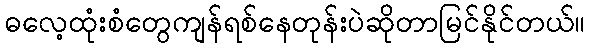
ဓလေ့ထုံးစံတွေကျန်ရစ်နေတုန်းပဲဆိုတာမြင်နိုင်တယ်။